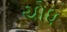
યોધ